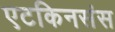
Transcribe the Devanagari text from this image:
एटकिनसंस